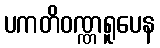
ပကတိဝဏ္ဏရူပေန